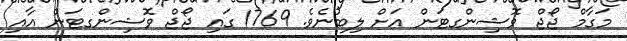
މަގާމް ޖޯޖް ވޮޝިންގޓަން އަށް ލިބުނެވެ. 1769 ގައި ޖޯޖް ވޮޝިންގޓަން އާއި